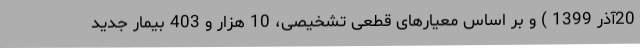
20آذر 1399 ) و بر اساس معیارهای قطعی تشخیصی، 10 هزار و 403 بیمار جدید